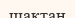
шақтан